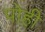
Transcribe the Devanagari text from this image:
पोही